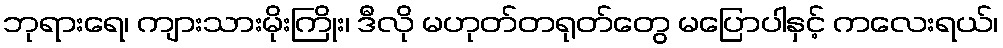
ဘုရားရေ၊ ကျားသားမိုးကြိုး၊ ဒီလို မဟုတ်တရုတ်တွေ မပြောပါနှင့် ကလေးရယ်၊